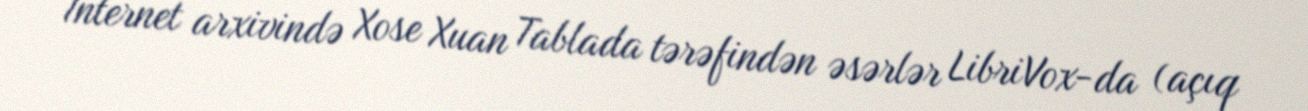
İnternet arxivində Xose Xuan Tablada tərəfindən əsərlər LibriVox-da (açıq